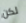
لكن